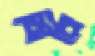
মিরো